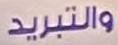
والتبريد